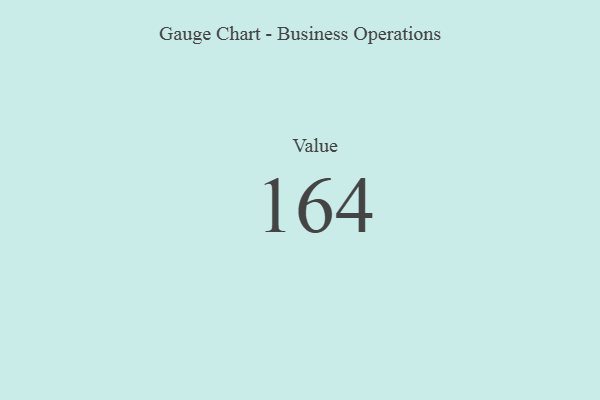
{"axis": {"x": "Metric", "y": "Value"}, "legend": [""], "data": [{"x": "Value", "y": 164, "type": ""}]}